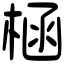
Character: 㮀